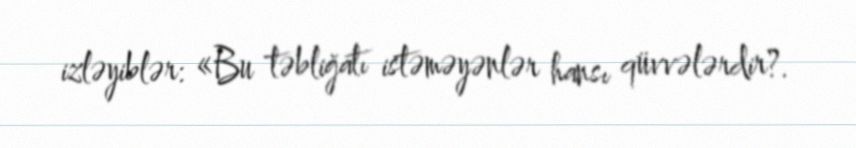
izləyiblər: «Bu təbliğatı istəməyənlər hansı qüvvələrdir?.